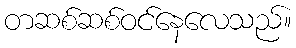
တဆစ်ဆစ်ဝင်နေလေသည်။